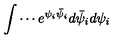
\int \cdots e ^ { \psi _ { i } \bar { \psi } _ { i } } d \bar { \psi } _ { i } d \psi _ { i }